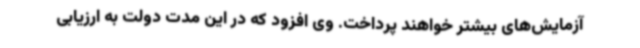
آزمایش‌های بیشتر خواهند پرداخت. وی افزود که در این مدت دولت به ارزیابی